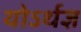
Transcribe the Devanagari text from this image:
योऽर्थज्ञ